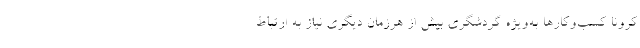
کرونا کسب‌وکار‌ها به‌ویژه گردشگری بیش از هرزمان دیگری نیاز به ارتباط